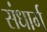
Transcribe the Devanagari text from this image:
संधार्ग